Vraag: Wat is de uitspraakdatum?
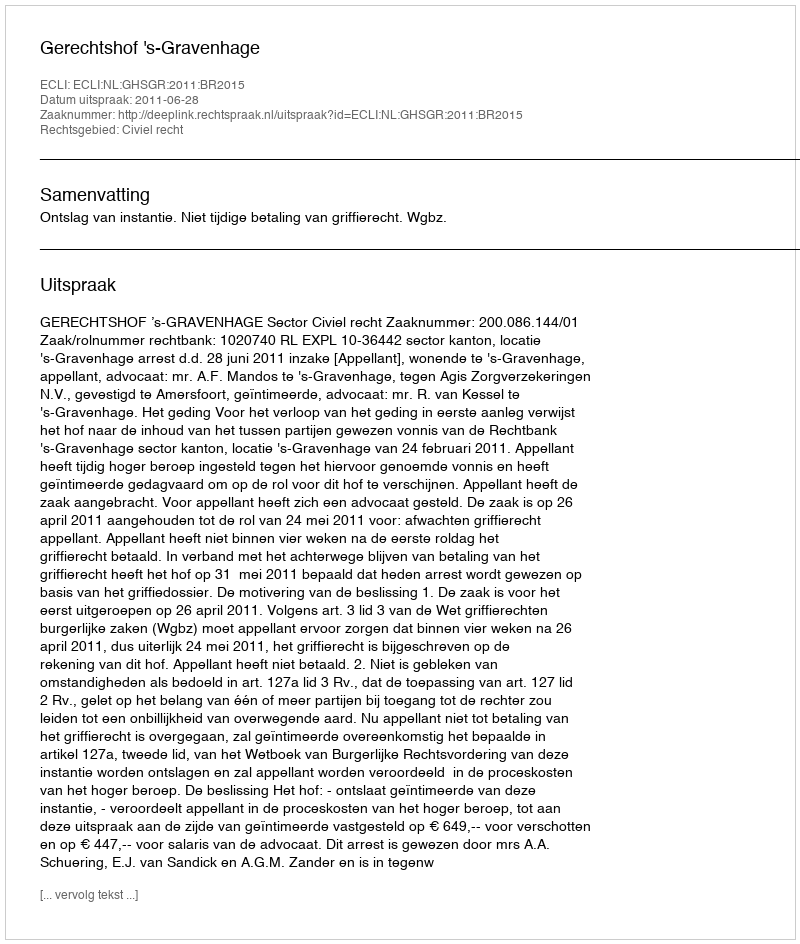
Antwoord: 2011-06-28